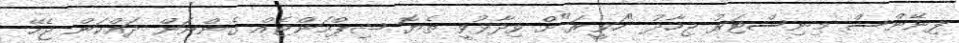
ފިނޭންސް މިނިސްޓަރު ޖިހާދު "ހަވީރަ"ށް ވިދާޅުވީ ތެޔޮ ޝިޕްމަންޓެއް ގެންނަން ދައްކަން ޖެހޭ